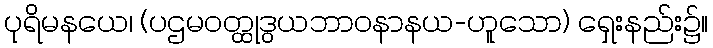
ပုရိမနယေ၊ (ပဌမဝတ္ထုဒွယဘာဝနာနယ-ဟူသော) ရှေးနည်း၌။